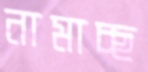
নামাচ্ছ